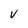
Character: v